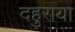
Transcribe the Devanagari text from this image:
दहुराया